Indian journal of veterinary science and animal husbandry - Volumes 15-17, 1948-1951
Year: 1948
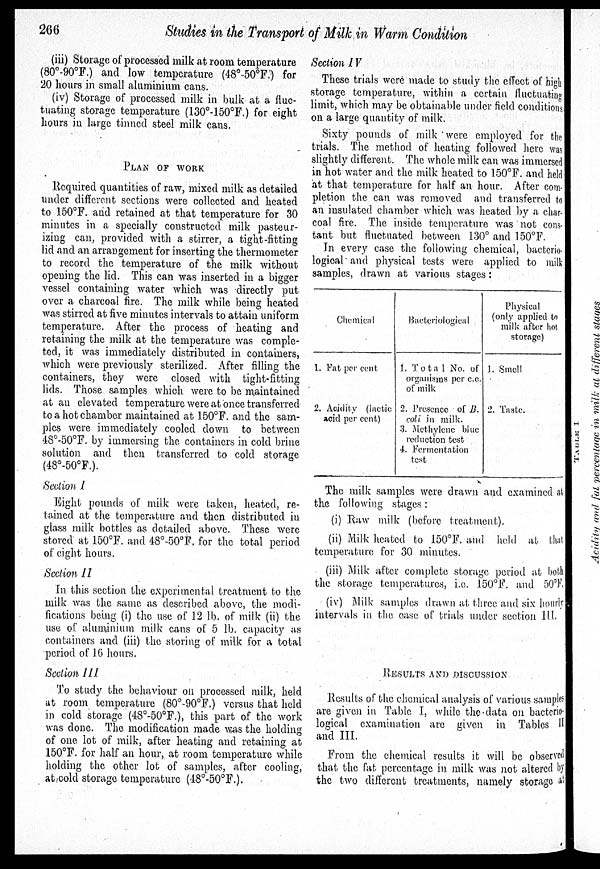
266
Studies in the Transport of Milk in Warm Condition
(iii) Storage of processed milk at room temperature
(80°-90°F.) and low temperature (48º-50ºF:) for
20 hours in small aluminium cans.
(iv) Storage of processed milk in bulk at a fluc-
tuating storage temperature (130°-150°F.) for eight
hours in large tinned steel milk cans.
PLAN OF WORK
Required quantities of raw, mixed milk as detailed
under different sections were collected and heated
to 150ºF. and retained at that temperature for 30
minutes in a specially constructed milk pasteur-
izing can, provided with a stirrer, a tight-fitting
lid and an arrangement for inserting the thermometer
to record the temperature of the milk without
opening the lid. This can was inserted in a bigger
vessel containing water which was directly put
over a charcoal fire. The milk while being heated
was stirred at five minutes intervals to attain uniform
temperature. After the process of heating and
retaining the milk at the temperature was comple-
ted, it was immediately distributed in containers,
which were previously sterilized. After filling the
containers, they were closed with tight-fitting
lids. Those samples which were to be maintained
at an elevated temperature were at once transferred
to a hot chamber maintained at 150°F. and the sam-
ples were immediately cooled down to between
48º-50ºF. by immersing the containers in cold brine
solution and then transferred to cold storage
(48º-50ºF.).
Section I
Eight pounds of milk were taken, heated, re-
tained at the temperature and then distributed in
glass milk bottles as detailed above. These were
stored at 150ºF. and 48º-50ºF. for the total period
of eight hours.
Section II
In this section the experimental treatment to the
milk was the same as described above, the modi-
fications being (i) the use of 12 lb. of milk (ii) the
use of aluminium milk cans of 5 lb. capacity as
containers and (iii) the storing of milk for a total
period of 16 hours,
Section III
To study the behaviour on processed milk, held
at room temperature (80°-90°F.) versus that held
in cold storage (48º-50ºF.), this part of the work
was done. The modification made was the holding
of one lot of milk, after heating and retaining at
150°F. for half an hour, at room temperature while
holding the other lot of samples, after cooling,
at cold storage temperature (48º-50ºF.).
Section IV
These trials were made to study the effect of high
storage temperature, within a certain fluctuating
limit, which may be obtainable under field conditions
on a large quantity of milk.
Sixty pounds of milk were employed for the
trials. The method of heating followed here was
slightly different. The whole milk can was immersed
in hot water and the milk heated to 150°F. and held
at that temperature for half an hour. After com-
pletion the can was removed and transferred to
an insulated chamber which was heated by a char-
coal fire. The inside temperature was not cons-
tant but fluctuated between 130° and 150°F.
In every case the following chemical, bacterio-
logical and physical tests were applied to milk
samples, drawn at various stages:
Chemical
1. Fat per cent
2. Acidity (lactic
acid per cent)
Bacteriological
1. Total No. of
organisms per c.c.
of milk
2. Presence of B.
coli in milk.
3. Methylene blue
reduction test
4. Fermentation
test
Physical
(only applied to
milk after hot
storage)
1. Smell
2. Taste.
The milk samples were drawn and examined at
the following stages:
(i) Raw milk (before treatment).
(ii) Milk heated to 150°F. and held at that
temperature for 30 minutes.
(iii) Milk after complete storage period at both
the storage temperatures, i.e. 150°F. and 50ºF
(iv) Milk samples drawn at three and six hourly
intervals in the case of trials under section III.
RESULTS AND DISCUSSION
Results of the chemical analysis of various samples
are given in Table I, while the data on bacterio-
logical examination are given in Tables II
and III.
From the chemical results it will be observed
that the fat percentage in milk was not altered by
the two different treatments, namely storage at